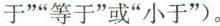
于”“等于”或“小于”)。